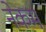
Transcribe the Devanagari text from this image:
नेकम